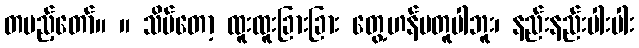
တပည့်တော်။ ။ သိပ်တော့ ထူးထူးခြားခြား တွေ့ဟန်မတူပါဘူး၊ နည်းနည်းပါးပါး